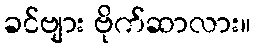
ခင်ဗျား ဗိုက်ဆာလား။